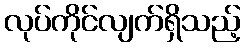
လုပ်ကိုင်လျက်ရှိသည့်